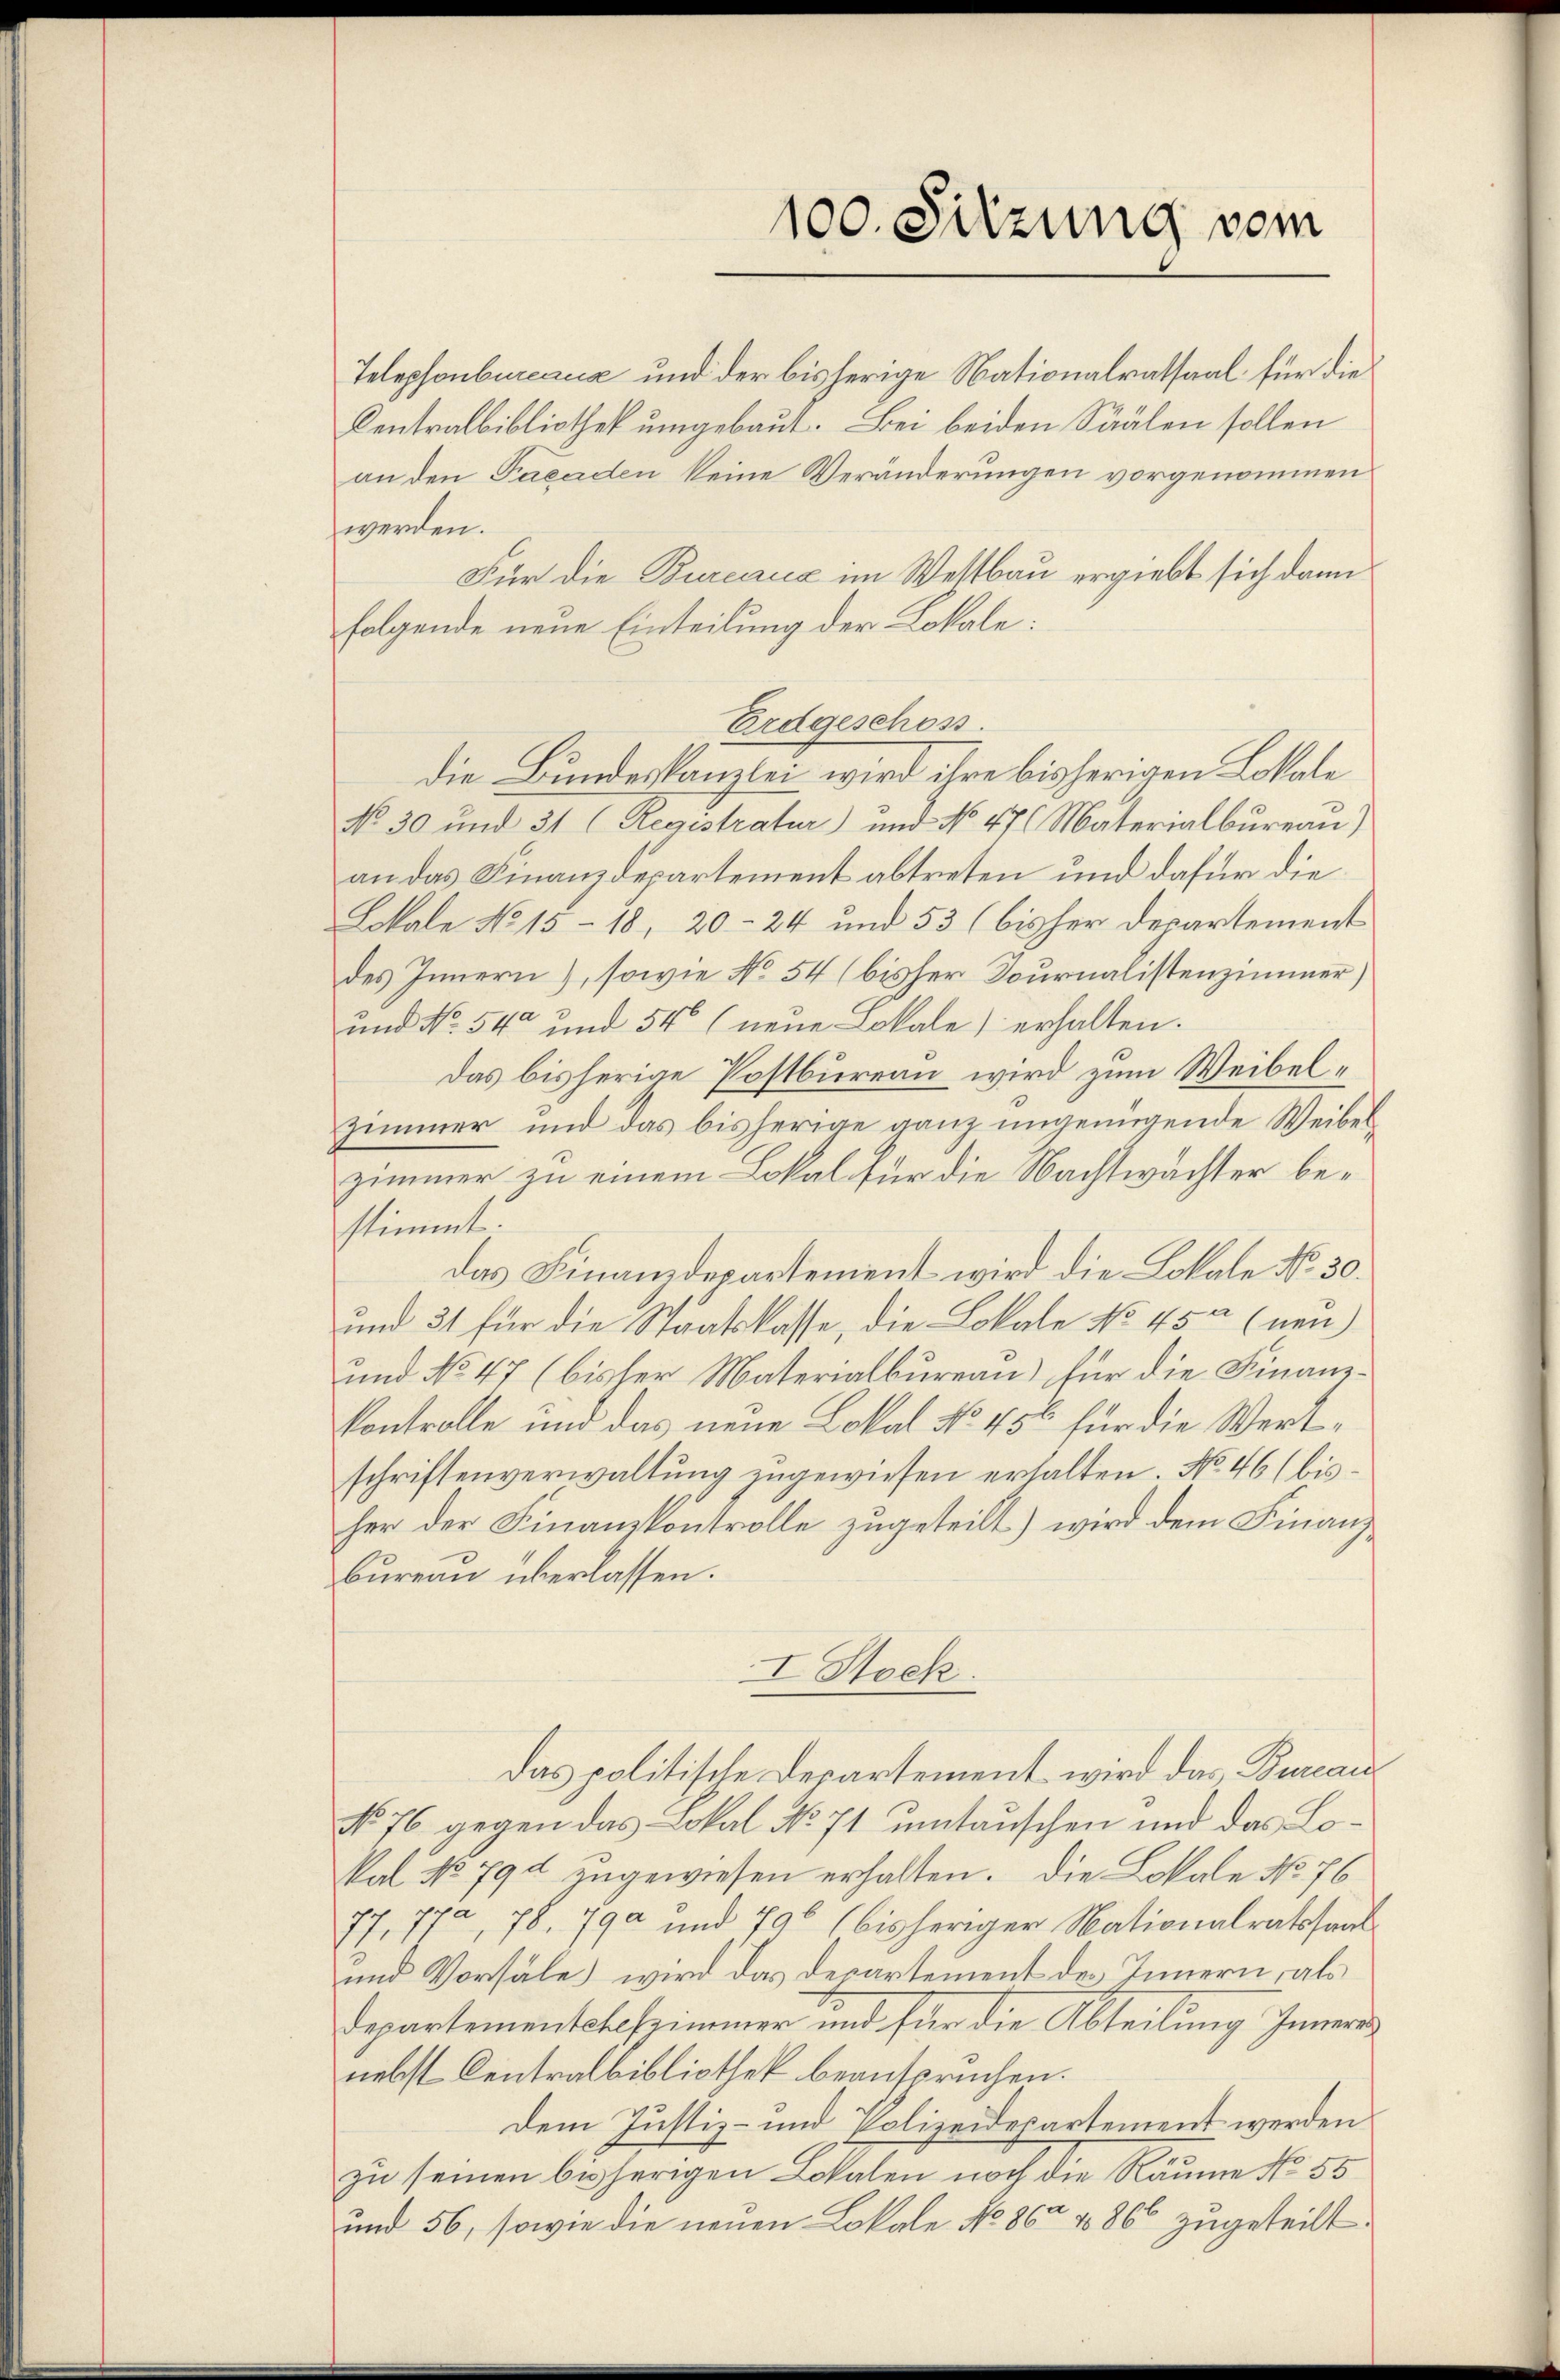
100. Sitzung vom

Telephonbureaux und der bisherige Nationalratsaal für die
Centralbibliothek umgebaut. Bei beiden Säälen sollen
an den Pacerden keine Veränderungen vorgenommen
werden.
Für die Bureaux im Westbau ergiebt sich dann
folgende neue Einteilung der Lokale:
Erdgeschos
die Bundeskanzlei wird ihre bisherigen Lokale
No 30 und 31 (Registratur) und No 476 Materialbureau)
an das Finanzdepartement abtreten und dafür die
Lokale No 15-18, 20-24 und 53 (bisher Departement
des Innern), sowie No 54 (bisher Fournalistenzimmer)
und No. 54 und 54 (neue Lokale) erhalten.
Das bisherige Postbureau wird zum Weibel¬
Zimmer und das bisherige ganz ungenügende Weibelzimmer zu einem Lokal für die Nachtwächter bestimmt.
das Finanzdepartement wird die Lokale No 30.
und 31 für die Staatskasse, die Lokale No 45 (neu)
und No 47 (bisher Materialbureau) für die Finanzkontrolle und das neue Lokal No 456 für die Wertschriftenverwaltung zugewiesen erhalten. No 46 (bisher der Finanzkontrolle zugeteilt) wird dem Finanz¬
Bureau überlassen.
I Stock.
Das politische Departement wird das Bureau
No 76 gegen das Lokal No 71 umtauschen und das Lokal No 790 zugewiesen erhalten. Die Lokale No. 76
77, 77, 78, 790 und 796 (bisheriger Nationalratssaal
und Vorsäle) wird das Departement des Innern, als
Departementchefzimmer und für die Abteilung Innern
nebst Centralbibliothek beanspruchen.
Dem Justiz- und Polizeidepartement werden
zu seinen bisherigen Lokalen noch die Räume No 55
und 56, sowie die neuen Lokale No. 86. 1860 zugeteilt.